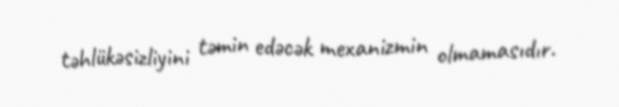
təhlükəsizliyini təmin edəcək mexanizmin olmamasıdır.